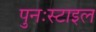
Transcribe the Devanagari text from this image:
पुनःस्टाइल